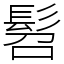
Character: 髫